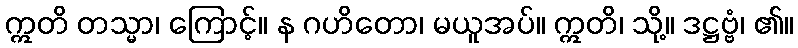
ဣတိ တသ္မာ၊ ကြောင့်။ န ဂဟိတော၊ မယူအပ်။ ဣတိ၊ သို့။ ဒဋ္ဌဗ္ဗံ၊ ၏။